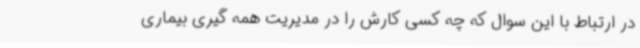
در ارتباط با این سوال که چه کسی کارش را در مدیریت همه گیری بیماری